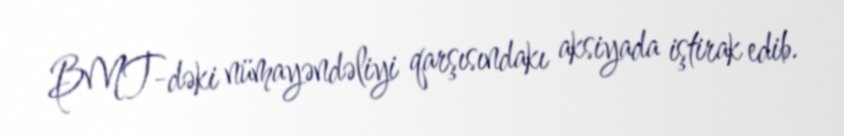
BMT-dəki nümayəndəliyi qarşısındakı aksiyada iştirak edib.